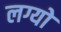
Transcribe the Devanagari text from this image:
लग्यो